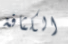
الكثافة